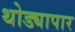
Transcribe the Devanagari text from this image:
थोड्यापार